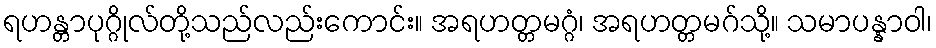
ရဟန္တာပုဂ္ဂိုလ်တို့သည်လည်းကောင်း။ အရဟတ္တမဂ္ဂံ၊ အရဟတ္တမဂ်သို့။ သမာပန္နာဝါ၊